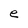
Character: e